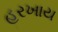
હરખાય